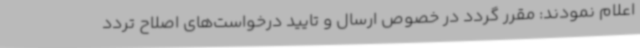
اعلام نمودند: مقرر گردد در خصوص ارسال و تایید درخواست‌های اصلاح تردد